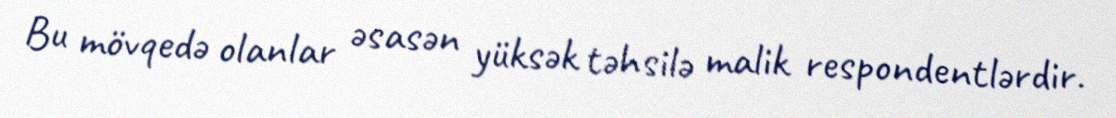
Bu mövqedə olanlar əsasən yüksək təhsilə malik respondentlərdir.